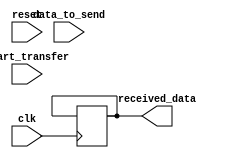
module spi_controller (
   input wire clk,
   input wire reset,
   input wire start_transfer,
   input wire [7:0] data_to_send,
   output wire [7:0] received_data
);

// Timing control units for generating clock signals
reg clk_divider;
always @(posedge clk or posedge reset) begin
   if (reset) begin
      clk_divider <= 0;
   end else begin
      if (clk_divider == 7'hFF) begin
         clk_divider <= 0;
      end else begin
         clk_divider <= clk_divider + 1;
      end
   end
end

// Synchronization blocks for managing data flow
reg [7:0] data_buffer;
reg [2:0] state;

always @(posedge clk or posedge reset) begin
   if (reset) begin
      state <= 3'b000;
   end else begin
      case (state)
         3'b000: begin // Idle state
            if (start_transfer) begin
               state <= 3'b001;
               data_buffer <= data_to_send;
            end
         end
         3'b001: begin // Sending state
            if (clk_divider == 7'hFF) begin
               state <= 3'b010;
            end
         end
         3'b010: begin // Receiving state
            if (clk_divider == 7'hFF) begin
               state <= 3'b011;
               received_data <= data_buffer;
            end
         end
         3'b011: begin // Transfer complete state
            if (clk_divider == 7'hFF) begin
               state <= 3'b000;
            end
         end
      endcase
   end
end

endmodule